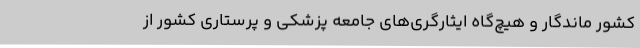
کشور ماندگار و هیچ‌گاه ایثارگری‌های جامعه پزشکی و پرستاری کشور از